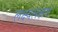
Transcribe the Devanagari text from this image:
लक्ष्यलक्षण